Scientific memoirs by medical officers of the Army of India - Part XII,
Year: 1901
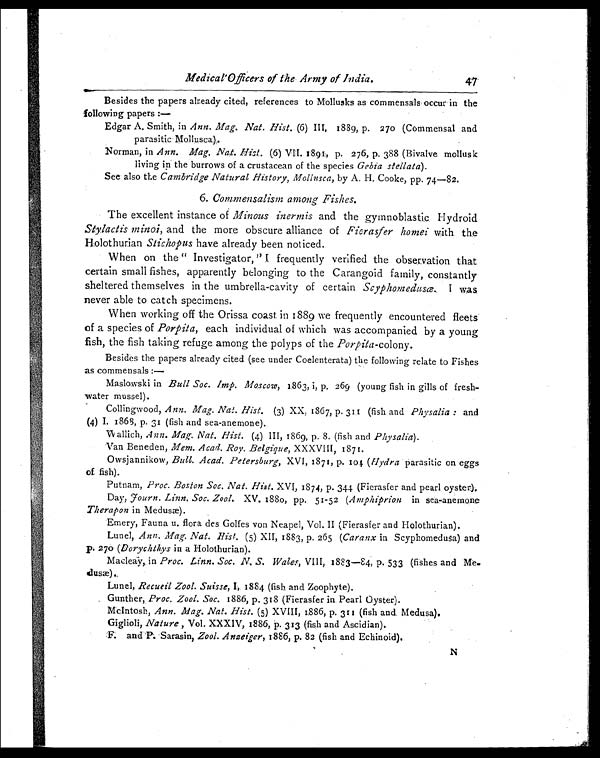
Medical Officers of the Army of India. 47
Besides the papers already cited, references to Mollusks as commensals occur in the
following papers :—
Edgar A. Smith, in Ann. Mag. Nat. Hist. (6) III, 1889, p. 270 (Commensal and
parasitic Mollusca).
Norman, in Ann. Mag. Nat. Hist. (6) VII. 1891, p. 276, p. 388 (Bivalve mollusk
living in the burrows of a crustacean of the species Gebia stellata ).
See also the Cambridge Natural History, Mollusca, by A. H. Cooke, pp. 74—82.
6. Commensalism among Fishes.
The excellent instance of Minous inermis and the gymnoblastic Hydroid
Stylactis minoi, and the more obscure alliance of Fierasfer homei with the
Holothurian Stichopus have already been noticed.
When on the " Investigator," I frequently verified the observation that
certain small fishes, apparently belonging to the Carangoid family, constantly
sheltered themselves in the umbrella-cavity of certain Scyphomedusæ. I was
never able to catch specimens.
When working off the Orissa coast in 1889 we frequently encountered fleets
of a species of Porpita, each individual of which was accompanied by a young
fish, the fish taking refuge among the polyps of the Porpita -colony .
Besides the papers already cited (see under Coelenterata) the following relate to Fishes
as commensals :—
Maslowski in Bull Soc. Imp. Moscow, 1863, i, p. 269 (young fish in gills of fresh
-water mussel).
Collingwood, Ann. Mag. Nat. Hist. (3) XX, 1867, p. 311 (fish and Physalia : and
(4) I. 1868, p, 31 (fish and sea-anemone).
Wallich, Ann. Mag. Nat. Hist. (4) III, 1869, p. 8. (fish and Physalia).
Van Beneden, Mem. Acad. Roy. Belgique, XXXVIII, 1871.
Owsjannikow, Bull. Acad. Petersburg, XVI, 1871, p. 104 (Hydra parasitic on eggs
of fish).
Putnam, Proc. Boston Soc. Nat. Hist. XVI, 1874, p. 344 (Fierasfer and pearl oyster).
Day, Fourn. Linn. Soc. Zool. XV. 1880, pp. 51-52 (Amphiprion in sea-anemone
Therapon in Medusæ).
Emery, Fauna u. flora des Golfes von Neapel, Vol. II (Fierasfer and Holothurian).
Lunel, Ann. Mag. Nat. Hist. (5) XII, 1883, p. 265 (Caranx in Scyphomedusa) and
p. 270 (Dorychthys in a Holothurian).
Macleay, in Proc. Linn. Soc. N. S. Wales, VIII, 1883—84, p. 533 (fishes and Me-
dusæ).
Lunel, Recueil Zool. Suisse, I, 1884 (fish and Zoophyte).
Gunther, Proc. Zool. Soc. 1886, p. 318 (Fierasfer in Pearl Oyster).
McIntosh, Ann. Mag. Nat. Hist. (5) XVIII, 1886, p. 311 (fish and Medusa).
Giglioli, Nature , Vol. XXXIV, 1886, p. 313 (fish and Ascidian).
F. and P. Sarasin, Zool. Anzeiger, 1886, p. 82 (fish and Echinoid).
N